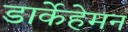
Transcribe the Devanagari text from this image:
डार्केहेमन